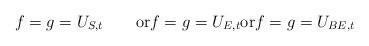
LaTeX: \begin{align*}f=g=U_{S,t}\qquad\mbox{or} f=g=U_{E,t} {\rm or }f=g=U_{BE,t}\end{align*}